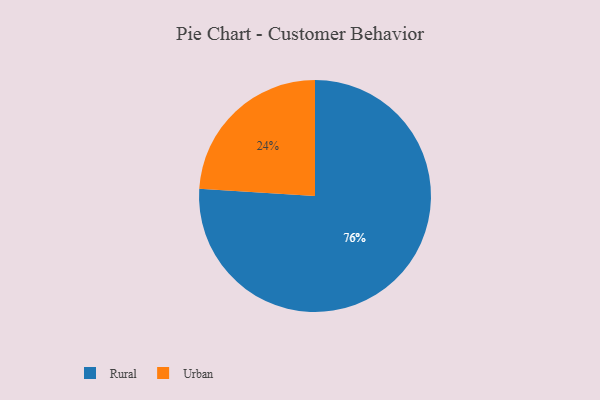
{"axis": {"x": "Category", "y": "Percentage"}, "legend": ["Rural", "Urban"], "data": [{"x": "Rural", "y": 76, "type": "Rural"}, {"x": "Urban", "y": 24, "type": "Urban"}]}